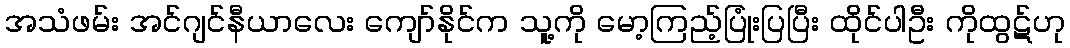
အသံဖမ်း အင်ဂျင်နီယာလေး ကျော်နိုင်က သူ့ကို မော့ကြည့်ပြုံးပြပြီး ထိုင်ပါဦး ကိုထွဋ်ဟု